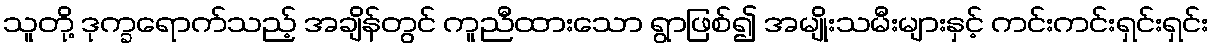
သူတို့ ဒုက္ခရောက်သည့် အချိန်တွင် ကူညီထားသော ရွာဖြစ်၍ အမျိုးသမီးများနှင့် ကင်းကင်းရှင်းရှင်း